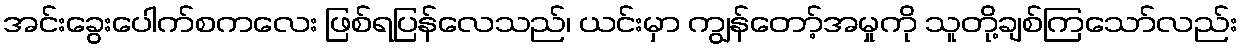
အင်းခွေးပေါက်စကလေး ဖြစ်ရပြန်လေသည်၊ ယင်းမှာ ကျွန်တော့်အမှုကို သူတို့ချစ်ကြသော်လည်း